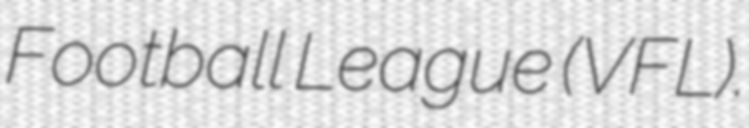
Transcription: Football League (VFL).